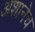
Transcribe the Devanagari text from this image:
अशानेच